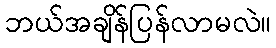
ဘယ်အချိန်ပြန်လာမလဲ။